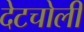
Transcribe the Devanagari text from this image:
देटचोली